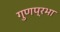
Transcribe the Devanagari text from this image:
गुणप्रभा